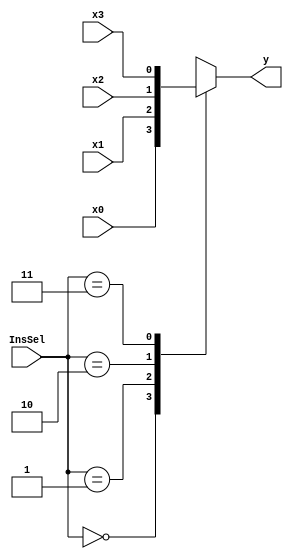
module twobyfour_mux #(parameter SIZE = 1)(

     input [SIZE-1:0] x0,x1,x2,x3,
     input [1:0] InsSel,
     output reg [SIZE-1:0]y
  
    );
    always @(*)
        begin
            case (InsSel)
                    2'b00: y = x0;
                    2'b01: y = x1;
                    2'b10: y = x2;
                    2'b11: y = x3;
            endcase
        end
endmodule